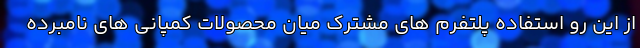
از این رو استفاده پلتفرم های مشترک میان محصولات کمپانی های نامبرده